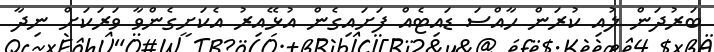
ބަރުދަން ލުއި ކުރަން ހާއްސަ ޑައިޓެއް ފަށައިގެން އުޅޭއިރު އެކަށީގެންވާ ވަރަކަށް ނިދާ